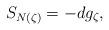
LaTeX: \begin{align*}S_{N(\zeta)} = - d g_\zeta,\end{align*}